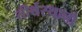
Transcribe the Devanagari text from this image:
तीर्थस्थानो